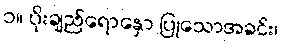
၁။ ပိုးချည်ရောနှော ပြုသောအခင်း၊